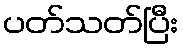
ပတ်သတ်ပြီး